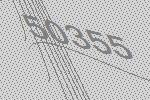
50355